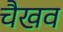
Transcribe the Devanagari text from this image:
चैखव